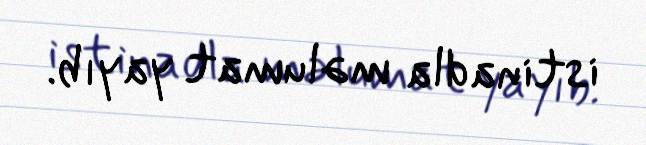
istinadla məlumat yayıb.